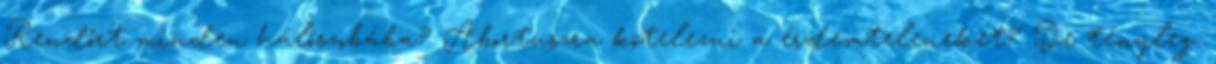
Rendőrt minden hálószobába? Abortuszra kötelezni a érdemteleneket? De tényleg.